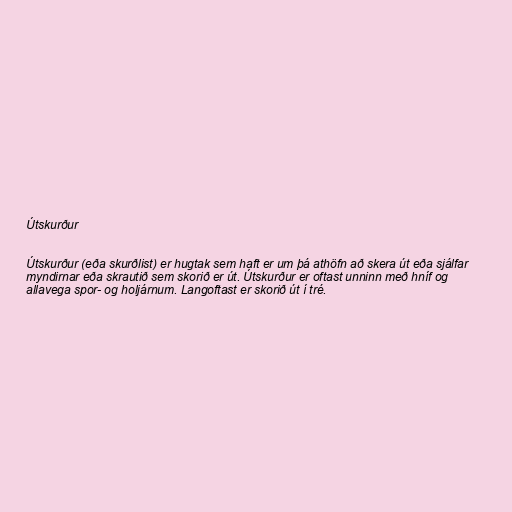
Útskurður

Útskurður (eða skurðlist) er hugtak sem haft er um þá athöfn að skera út eða sjálfar
myndirnar eða skrautið sem skorið er út. Útskurður er oftast unninn með hníf og
allavega spor- og holjárnum. Langoftast er skorið út í tré.